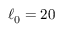
\ell _ { 0 } = 2 0